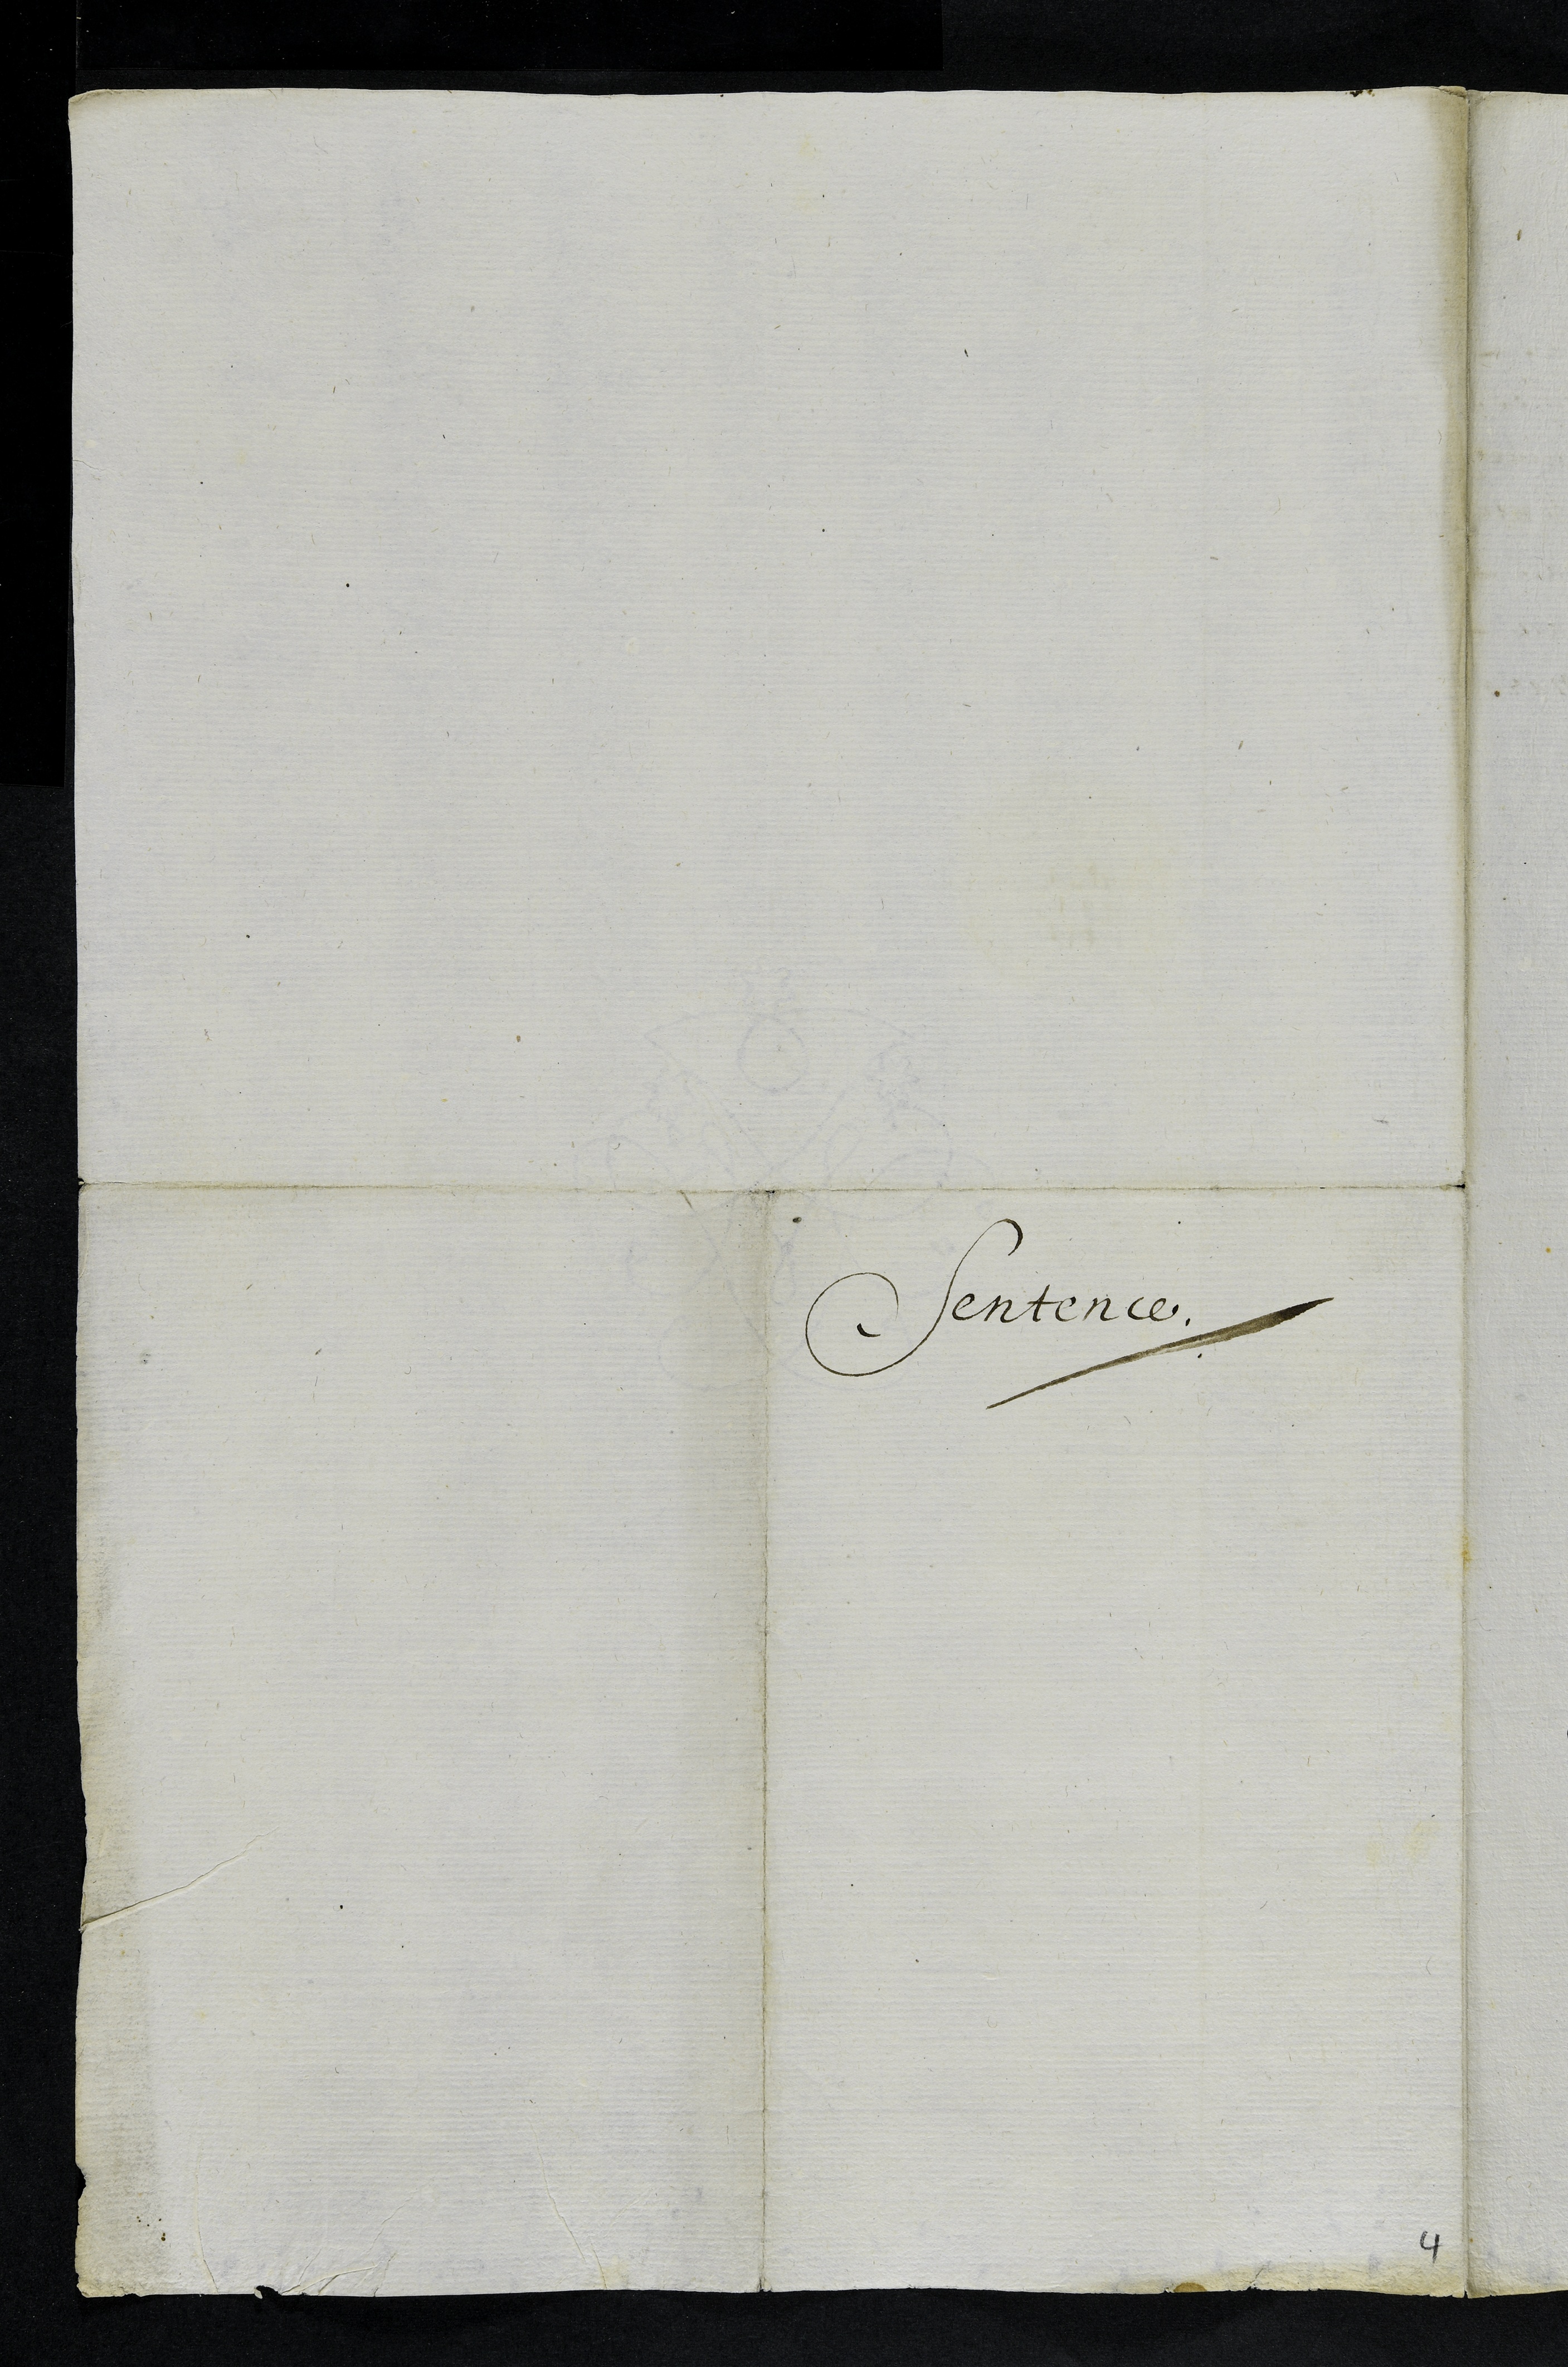
Sentence.

4